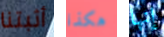
أثبتنا هكذا إنها